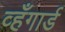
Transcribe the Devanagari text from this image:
व्हँगार्ड